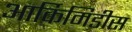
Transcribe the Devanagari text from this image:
आर्किमिडीस